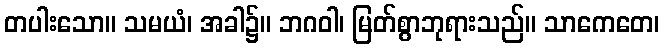
တပါးသော။ သမယံ၊ အခါ၌။ ဘဂဝါ၊ မြတ်စွာဘုရားသည်။ သာကေတေ၊